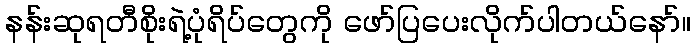
နန်းဆုရတီစိုးရဲ့ပုံရိပ်တွေကို ဖော်ပြပေးလိုက်ပါတယ်နော်။